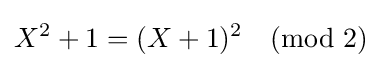
X^{2}+1=(X+1)^{2}{\pmod {2}}